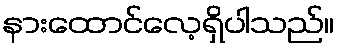
နားထောင်လေ့ရှိပါသည်။